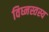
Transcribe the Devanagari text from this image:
विघ्नस्तस्य